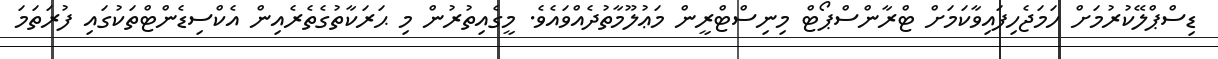
ޑިސްޕްލޭކުރުމަށް ހަމަޖެހިފައިވާކަމަށް ޓްރާންސްޕޯޓް މިނިސްޓްރީން މަޢުލޫމާތުދެއްވައެވެ. މީގެއިތުރުން މި ޙަރަކާތުގެތެރެއިން އެކްސިޑެންޓްތަކުގައި ފުރަތަމަ